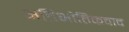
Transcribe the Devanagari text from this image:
अतिभौतिकवाद